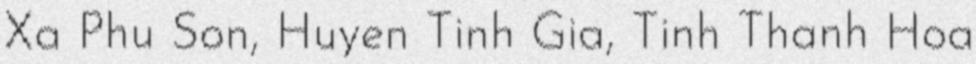
Xa Phu Son, Huyen Tinh Gia, Tinh Thanh Hoa